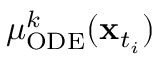
\mu _ { \mathrm { O D E } } ^ { k } ( \mathbf { x } _ { t _ { i } } )